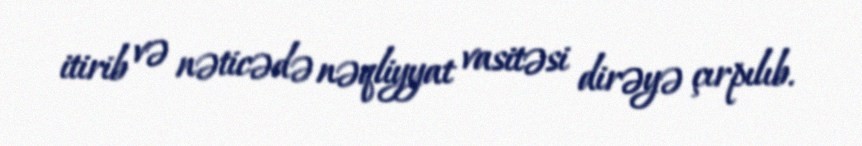
itirib və nəticədə nəqliyyat vasitəsi dirəyə çırpılıb.